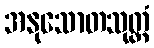
အနုသောတသုတ္တံ